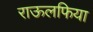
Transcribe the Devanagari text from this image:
राऊलफिया